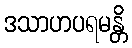
ဒသာဟပရမန္တိ